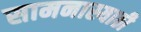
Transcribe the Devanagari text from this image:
सामनास्याठी